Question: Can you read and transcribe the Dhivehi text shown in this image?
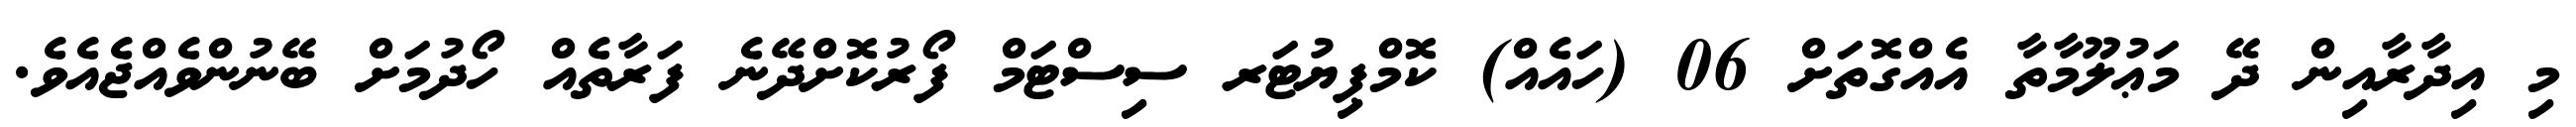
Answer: މި އިދާރާއިން ދޭ މަޢުލޫމާތާ އެއްގޮތަށް 06 (ހައެއް) ކޮމްޕިޔުޓަރ ސިސްޓަމް ފޯރުކޮށްދޭނެ ފަރާތެއް ހޯދުމަށް ބޭނުންވެއްޖެއެވެ.